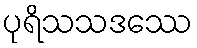
ပုရိသသဒဿေ